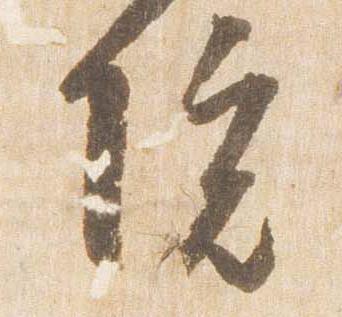
院